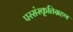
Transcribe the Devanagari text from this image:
परसंस्कृतिग्रहण